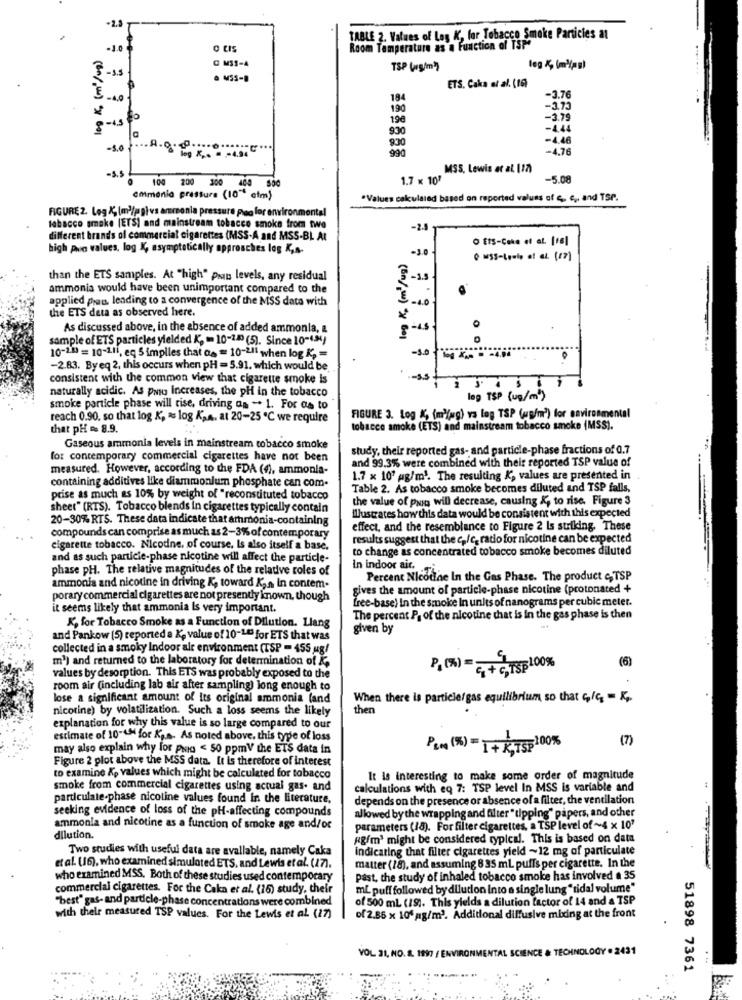
TABLE 2. Values of Lag K, for Tobacco Smoke Particles at
Room Temperature as a Function of TSP
@ MSS-4
TSP (g/m2)
log &, (m)(as)
& M55-B
ETS, Caka et al. (16)
3.76
184
190
-3.73
196
-3.79
(Cn/ w) x 601
930
-444
-4.46
-5.0
900
990
-4.76
MSS, Lewis at al 117)
-S.5
100 200 300
1.7 x 10'
-5.08
ammonia pressure (10" etm)
"Values calculated based on reported values of S. c ., and TSP.
FIGURE 2. Log &, (m)/pg) vs ammonia pressure pao for environmental
tabacco smoke (ETS] and mainstream tobacco smoke from two
-24
different brands of commercial cigarettes (MSS-A and MSS-BL At
O EtS-Coke et al. [16]
high pwa values. log K, asymptotically approaches log K,A.
-3.0
than the ETS samples. At "high" pain levels, any residual
-3.5
ammonia would have been unimportant compared to the
.
applied pas, leading to a convergence of the MSS data with
3.1.
the ETS deta as observed here.
As discussed above, in the absence of added ammonia, &
8-15
0
sample of ETS particles yielded K, == 10-100 (5). Since 10-434)
-5.0
10-100 = 10-11i, eq 5 implies that as = 10-211 when log K, =
-2.83. Byeq 2, this occurs when pH = 5.91. which would be
consistent with the common view that cigarette smoke is
naturally acidic. As paso increases, the pH in the tobacco
log TSP (ug/m")
smoke particle phase will rise, driving as - 1. For as to
reach 0.90, so that log K, « log KsA. at 20-25 ℃ we require
FIGURE 3. Log K, (m)(wg) vs log TSP (up/m2) for environmental
that pH = 8.9.
tobacco smoke (ETS) and mainstream tobacco smoke (MSS).
Gaseous ammonia levels in mainstream tobacco smoke
study, their reported gas- and particle-phase fractions of 0.7
for contemporary commercial cigarettes have not been
and 99.3% were combined with their reported TSP value of
measured. However, according to the FDA (4), ammonia-
1.7 x 10' pg/ml. The resulting K, values are presented in
containing additives like diammonium phosphate can com.
Table 2. As tobacco smoke becomes diluted and TSP falls,
prise as much as 10% by weight of "reconstituted tobacco
the value of pro will decrease, causing &, to rise. Figure 3
sheet" (RTS). Tobacco blends in cigarettes typically contain
Illustrates howthis data would be consistent with this expected
20-30% RTS. These data indicate that ammonia-containing
effect, and the resemblance to Figure 2 Is striking. These
compounds can comprise as much as 2-3% of contemporary
results suggest that the c /c. radio for nicotine can be expected
cigarette tobacco. Nicodne. of course. Is also itself a base.
to change as concentrated tobacco smoke becomes diluted
and as such particie-phase nicotine will affect the particle-
phase pH. The relative magnitudes of the relative roles of
In indoor air.
Percent Nicotine In the Gas Phase. The product c,TSP
ammonia and nicotine in driving K, toward Kan in contem.
gives the amount of particle-phase nicotine (protonated +
porary commercial cigarettes are not presently known, though
free-base) In the smoke In units of nanograms per cubic meter.
it seems likely that ammonia Is very important.
The percent P. of the nicotine that is in the gas phase is then
K, for Tobacco Smoke as a Function of Dilution. Llang
given by
and Pankow (5) reported a K, value of 10-143 for ETS that was
collected in a smoky Indoor air environment (TSP = 455 ug/
m') and returned to the laboratory for determination of &
(6)
P.(%) =c+ C,TSE100%
values by desorption. This ETS was probably exposed to the
room air (including lab air after sampling) long enough to
lose a significant amount of its original ammonia (and
When there is particle/gas equilibrium so that c/c = K
nicotine) by volatilization. Such a loss seems the likely
ther
explanation for why this value is so large compared to our
estimate of 10-t for Kgs. As noted above. this type of loss
(7)
may also explain why for paio < 50 ppmV the ETS data in
Pem (%)= 1+ K,755 100%
Figure 2 plot above the MSS data. It is therefore of interest
to examine &p values which might be calculated for tobacco
It is interesting to make some order of magnitude
smoke from commercial cigarettes using actual gas. and
calculations with eq 7: TSP level In MSS is variable and
particulate-phase nicoline values found In the literature,
depends on the presence or absence of a filter, the ventilation
seeking evidence of loss of the pH-affecting compounds
allowed by the wrapping and filter "tipping" papers, and other
ammonia and nicotine as a function of smoke age and/or
parameters (18). For filter cigarettes, a TSP level of ~4 x 10'
dilution.
Rgfm' might be considered typical. This is based on data
Two studies with useful data are available, namely Caka
indicating that filter cigarettes yield ~12 mg of particulate
et al. (16), who examined simulated ETS, and Lewis et al. (17).
matter (18), and assuming 8 35 ml puffs per cigarette. In the
who examined MSS. Both of these studies used contemporary
past, the study of inhaled tobacco smoke has involved # 35
commercial cigarettes. For the Caka et al. (15) study, their
mL puff followed by dilution Into a single lung "tidal volume"
"best" gas- and particle-phase concentrations were combined
of 500 ml (19). This yields a dilution factor of 14 and a TSP
with their measured TSP values. For the Lewis et al (17)
of 2.86 x 100 g/m2. Additional diffusive mixing at the front
VOL 31, NO. 8. 1997 / ENVIRONMENTAL SCIENCE & TECHNOLOGY . 2431
51898 7361